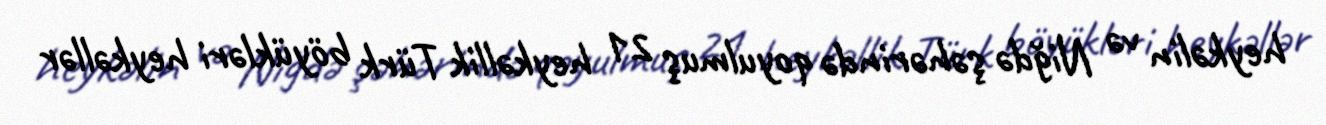
heykəlin və Niğdə şəhərində qoyulmuş 21 heykəllik Türk böyükləri heykəllər